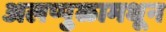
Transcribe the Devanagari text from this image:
अलप्पुळामधून